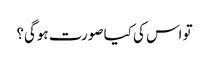
تو اس کی کیا صورت ہوگی؟